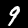
Digit: 9